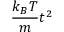
\frac { k _ { B } T } { m } t ^ { 2 }